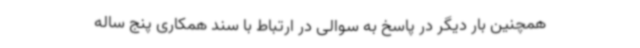
همچنین بار دیگر در پاسخ به سوالی در ارتباط با سند همکاری پنج ساله